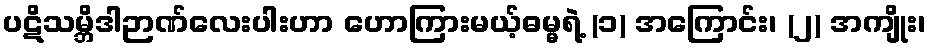
ပဋိသမ္ဘိဒါဉာဏ်လေးပါးဟာ ဟောကြားမယ့်ဓမ္မရဲ့ (၁) အကြောင်း၊ (၂) အကျိုး၊